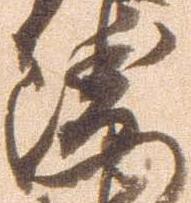
衛